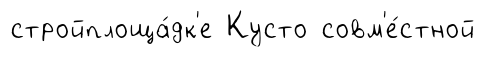
стройплоща́дк'е Кусто совм'е́стной